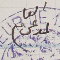
المدعى العام